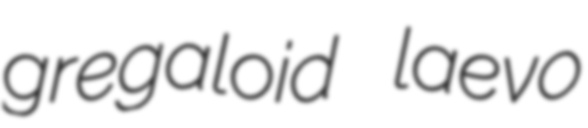
gregaloid laevo